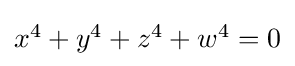
{\textstyle x^{4}+y^{4}+z^{4}+w^{4}=0}